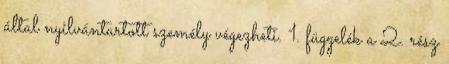
által nyilvántartott személy végezheti. 1. függelék a 2. rész